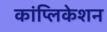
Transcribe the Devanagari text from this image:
कांप्लिकेशन